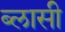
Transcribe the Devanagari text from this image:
ब्लासी